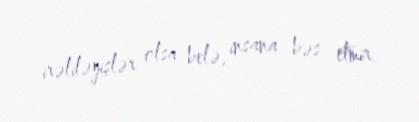
irəliləyişlər olsa belə, insana bəs etmir.